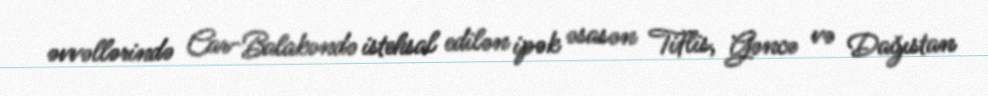
əvvəllərində Car-Balakəndə istehsal edilən ipək əsasən Tiflis, Gəncə və Dağıstan